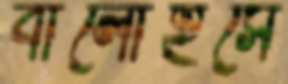
বালোইসে